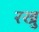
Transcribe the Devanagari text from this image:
रखु